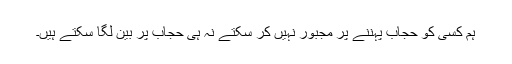
ہم کسی کو حجاب پہننے پر مجبور نہیں کر سکتے نہ ہی حجاب پر بین لگا سکتے ہیں۔